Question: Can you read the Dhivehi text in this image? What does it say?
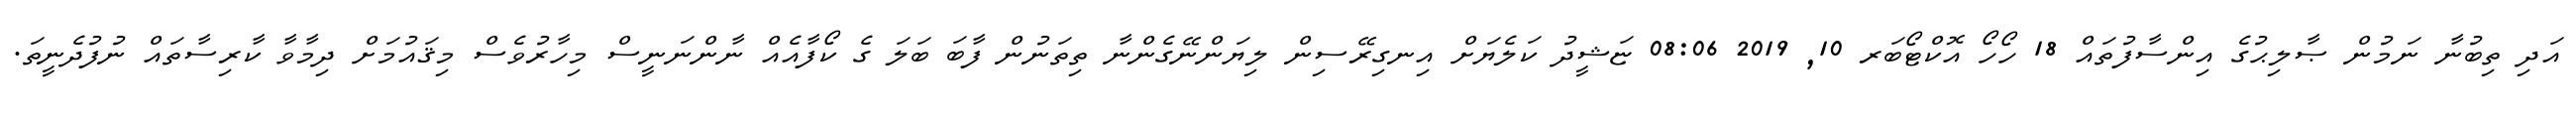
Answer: އަދި ތިބުނާ ނަމުން ޞާލިޙުގެ އިންސާފުތައް 18 ހޯހޯ އޮކްޓޯބަރ 10, 2019 08:06 ޏަޝީދު ކަލެޔަށް އިނގިރޭސިން ލިޔަންނޭގެންނާ ތިތަނުން ފާބަ ބަލަ ގެ ކޯފާއެއް ނާންނަނީސް މިހާރުވެސް މިޤައުމަށް ދިމާވާ ކާރިސާތައް ނުފުދެނީތަ.